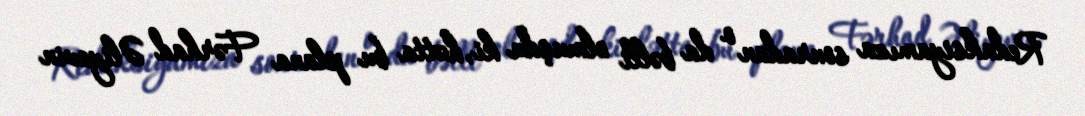
Redaksiyamıza sonradan o da bəlli olmuşdu ki, hətta bu plana Fərhad Əliyevin